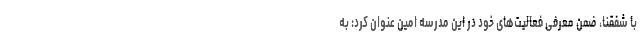
با شفقنا، ضمن معرفی فعالیت‌های خود در این مدرسه امین عنوان کرد: به